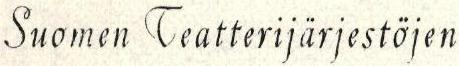
Suomen Teatterijärjestöjen